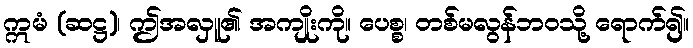
ဣမံ (ဆဋ္ဌ)၊ ဤအလှူ၏ အကျိုးကို။ ပေစ္စ၊ တစ်မလွန်ဘဝသို့ ရောက်၍။